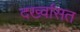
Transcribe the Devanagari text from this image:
दर्ख्वासत